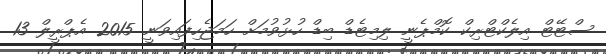
ސްޓޭޓް އިލެކްޓްރިކް ކޮމްޕެނީ ލިމިޓެޑް ބިޑް ހުޅުވުމަށް ހަމަޖެހިފައިވަނީ 2015 އެޕްރީލް 13